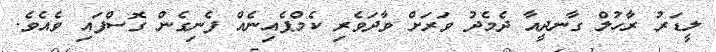
ލީޑަރު ރާހުލް ގާނދީއާ ދެމެދު ވަރަށް ވާދަވެރި ކެމްޕެއިނެއް ފެނިގެން ގޮސްފައި ވެއެވެ.